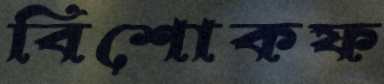
বিশোকফ